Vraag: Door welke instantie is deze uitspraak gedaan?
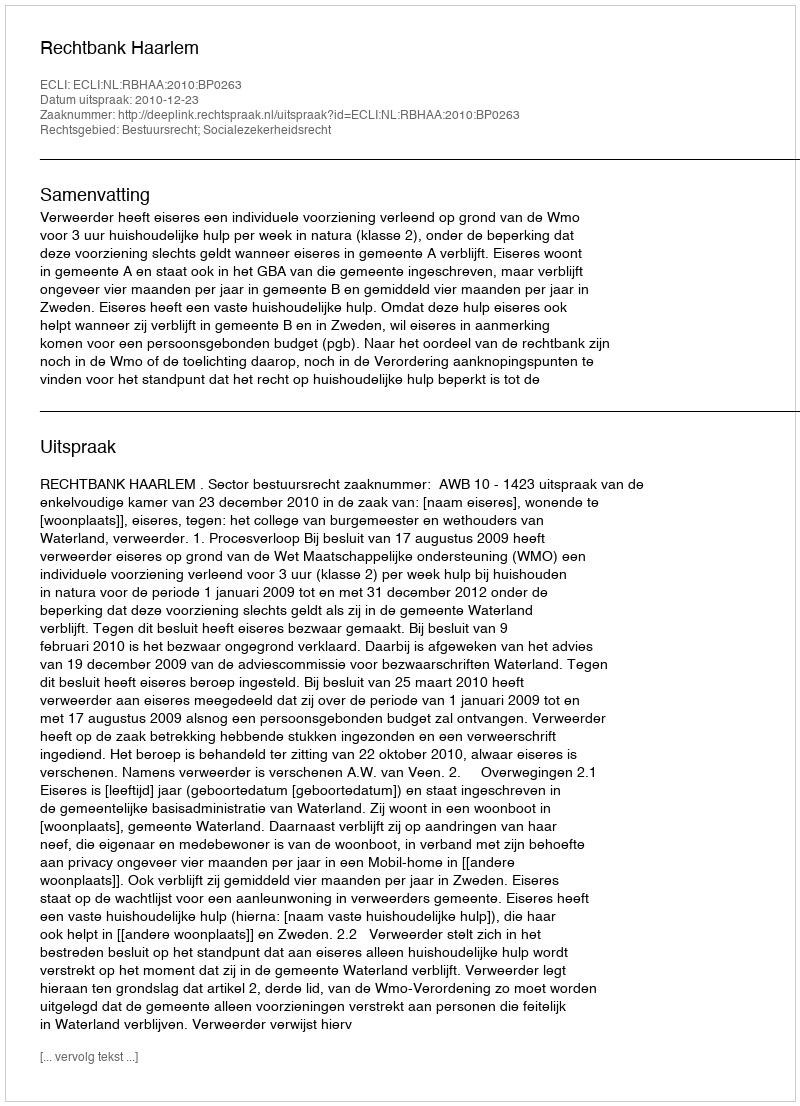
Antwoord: Rechtbank Haarlem